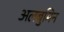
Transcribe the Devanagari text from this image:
अलबुमिन